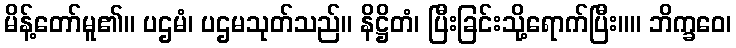
မိန့်တော်မူ၏။ ပဌမံ၊ ပဌမသုတ်သည်။ နိဋ္ဌိတံ၊ ပြီးခြင်းသို့ရောက်ပြီး။။ ဘိက္ခဝေ၊